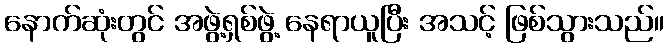
နောက်ဆုံးတွင် အဖွဲ့ရှစ်ဖွဲ့ နေရာယူပြီး အသင့် ဖြစ်သွားသည်။